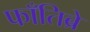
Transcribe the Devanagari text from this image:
फाँतिब्रे